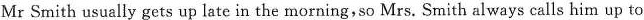
Mr Smith usually gets up late in the morning,so Mrs. Smith always calls him up to